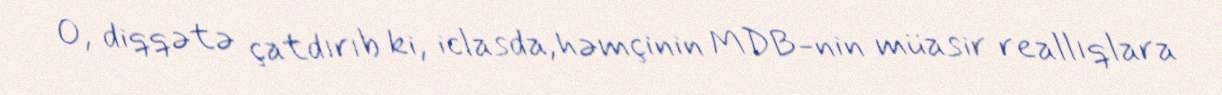
O, diqqətə çatdırıb ki, iclasda, həmçinin MDB-nin müasir reallıqlara